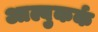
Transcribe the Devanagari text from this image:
आल्बुकर्क